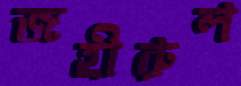
জহীরুল